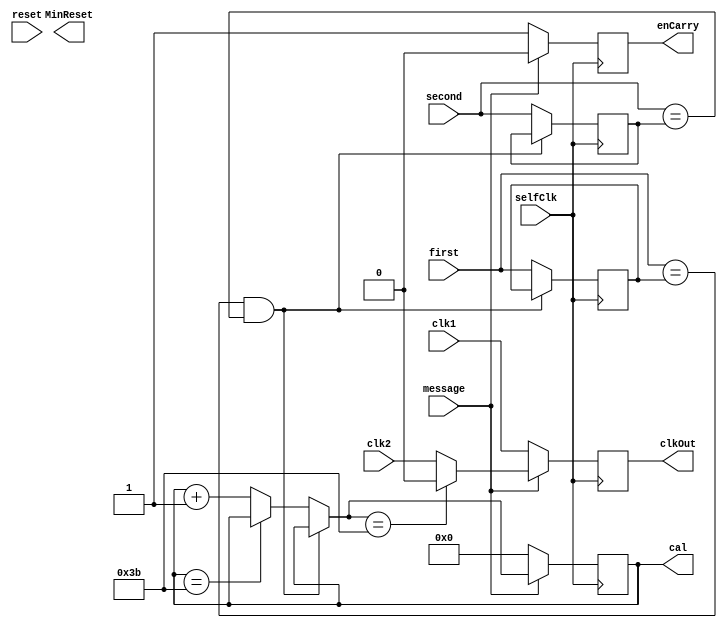
`timescale 1ns / 1ps                                        
module MUX_Use(
input reset,                                                                                           
input selfClk,     
// ,            
input clk1,
//,                               
input clk2,                      
//, 4hz                           
input [3:0]first,         
//mintue                                 
input [3:0]second,                                               
input message,   
//                                           
output reg clkOut,
output reg MinReset
//, output reg count    
//,    
,output reg [7:0] cal 
,output reg enCarry                    
    );    
//reg stop;                                                  
reg [3:0] firstCount;                                       
reg [3:0] secondCount;

//reg [5:0] cal;                                      
always @(posedge selfClk)     
begin 
if(selfClk)
begin
        if(~(first == firstCount && second == secondCount))
        begin
           if(~(cal == 8'b00111011))
           begin
               cal = cal +1'b1;
           end
           firstCount = first;                                   
           secondCount = second;
        end
//        if (cal == 6'b111011)
//        begin
//              cal =  6'b111011;
//        end
          //else 
          if(message)
          begin
              clkOut <= clk2;
              enCarry <= 1'b0;
                if(cal == 8'b00111011)
                // if(cal == 8'b00111011)
                begin
                    clkOut <= 0;
                 //   MinReset <= 1;
                end 
                else 
                begin
                   // MinReset <= 0;
                end
          end
          else if (~message)
            begin
                clkOut <= clk1;
                cal <= 8'b0;
                enCarry <= 1'b1;
               // MinReset <= 0;
            end  
end
end            
   
//always @(*)
//begin
//   // if(cal == 8'b00111011)
//    if(cal == 8'b00111011 || cal == 8'b00111100 || cal == 8'b00111101 || cal == 8'b00111110 || cal == 8'b00111111 || cal[6] || cal [7])
//    begin
//       MinReset = 1'b1;
//     // stop = 1'b1;
//    end
////    else if (stop &&MinReset )
////    begin
////        MinReset = 1'b0;
////    end
//    else
//    begin
//        MinReset = 1'b0;
//    end
//end        
//always @(MinReset)
//begin
//if (MinReset)
//end
//always @ (stop)
//begin
//    if(stop)
//    begin
//    MinReset <= 1'b1;
//    end
//end                                                                     
endmodule